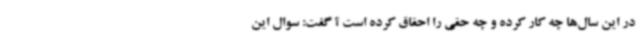
در این سال‌ها چه کار کرده و چه حقی را احقاق کرده است ؟ گفت: سوال این